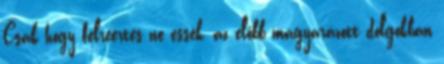
Csak hogy félreértés ne essék, az előbb magyarázott dolgokban